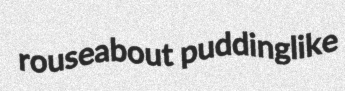
rouseabout puddinglike